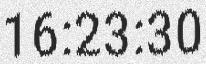
16:23:30